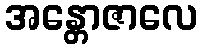
အန္တောဇာလေ